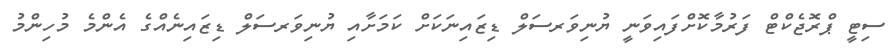
ސިޓީ ޕްރޮޖެކްޓް ފަރުމާކޮށްފައިވަނީ ޔުނިވަރސަލް ޑިޒައިނަކަށް ކަމަށާއި ޔުނިވަރސަލް ޑިޒައިނެއްގެ އެންމެ މުހިންމު